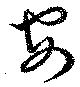
安